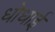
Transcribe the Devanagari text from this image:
धोधाई